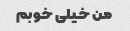
من خیلی خوبم